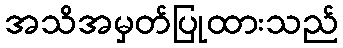
အသိအမှတ်ပြုထားသည်